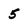
Character: 5